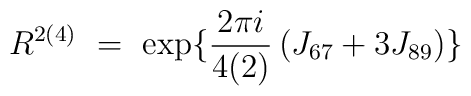
R^{2(4)}~=~{\mbox{exp}}\{\frac{2\pi i}{4(2)}\left(J_{67}+3J_{89}\right)\}